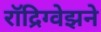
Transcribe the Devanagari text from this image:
रॉद्रिग्वेझने